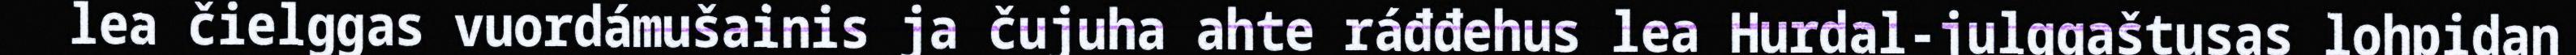
lea čielggas vuordámušainis ja čujuha ahte ráđđehus lea Hurdal-julggaštusas lohpidan